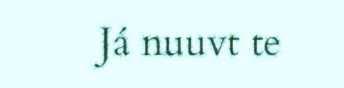
Já nuuvt te